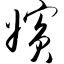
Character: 嫔